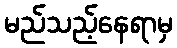
မည်သည့်နေရာမှ